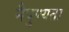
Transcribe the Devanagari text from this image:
नैपुण्यता